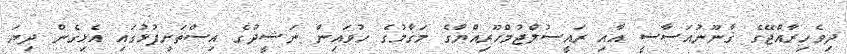
ދިވެހިރާއްޖޭގެ ޤާނޫނުއަސާސީ އާއި ރައީސުލްޖުމްހޫރިއްޔާގެ މަޤާމުގެ ހުވައިން ނަޝީދުގެ އިސްތަށިފުޅުގައި އެޅިގެން ދިޔަ